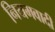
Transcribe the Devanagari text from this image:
नियमवादी